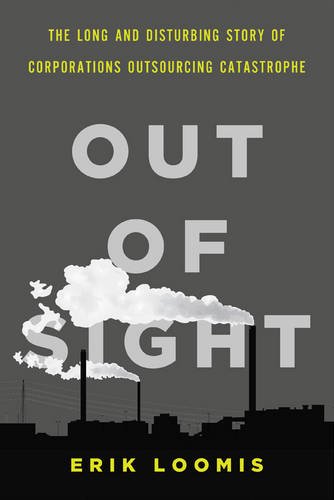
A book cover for Out of Sight: The Long and Disturbing Story of Corporations Outsourcing Catastrophe; Erik Loomis; Business & Money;